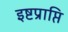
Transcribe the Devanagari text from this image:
इष्टप्राप्ति